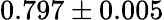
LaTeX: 0.797\pm 0.005